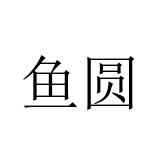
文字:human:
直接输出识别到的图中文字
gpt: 鱼圆